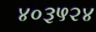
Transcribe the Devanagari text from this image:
४०३५२४